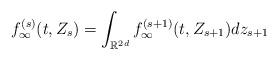
LaTeX: \begin{align*}f_\infty^{(s)} (t,Z_s) =\int_{\mathbb{R}^{2d}} f_\infty^{(s+1)} (t,Z_{s+1})dz_{s+1}\end{align*}